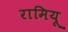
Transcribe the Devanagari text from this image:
रामियू